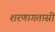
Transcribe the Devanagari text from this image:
शरणागतासी